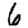
Digit: 6